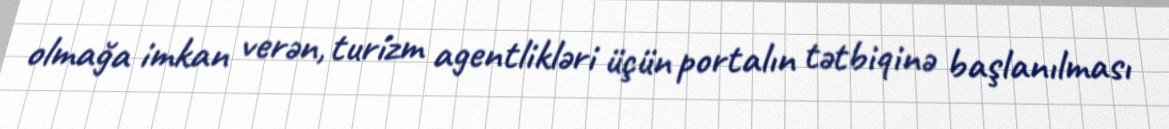
olmağa imkan verən, turizm agentlikləri üçün portalın tətbiqinə başlanılması